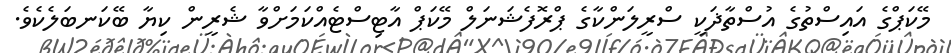
މޭކަޕްގެ އައިސްތުގެ އުސްތާޛަކީ ސްރީލަންކާގެ ޕްރޮފެޝަނަލް މޭކަޕް އާޓިސްޓެއްކަމަށްވާ ޝެރީން ކިޔާ ބޭކަނބަލެކެވެ.